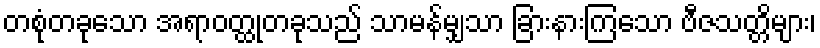
တစုံတခုသော အရာဝတ္ထုတခုသည် သာမန်မျှသာ ခြားနားကြသော ဗီဇသတ္တိများ၊